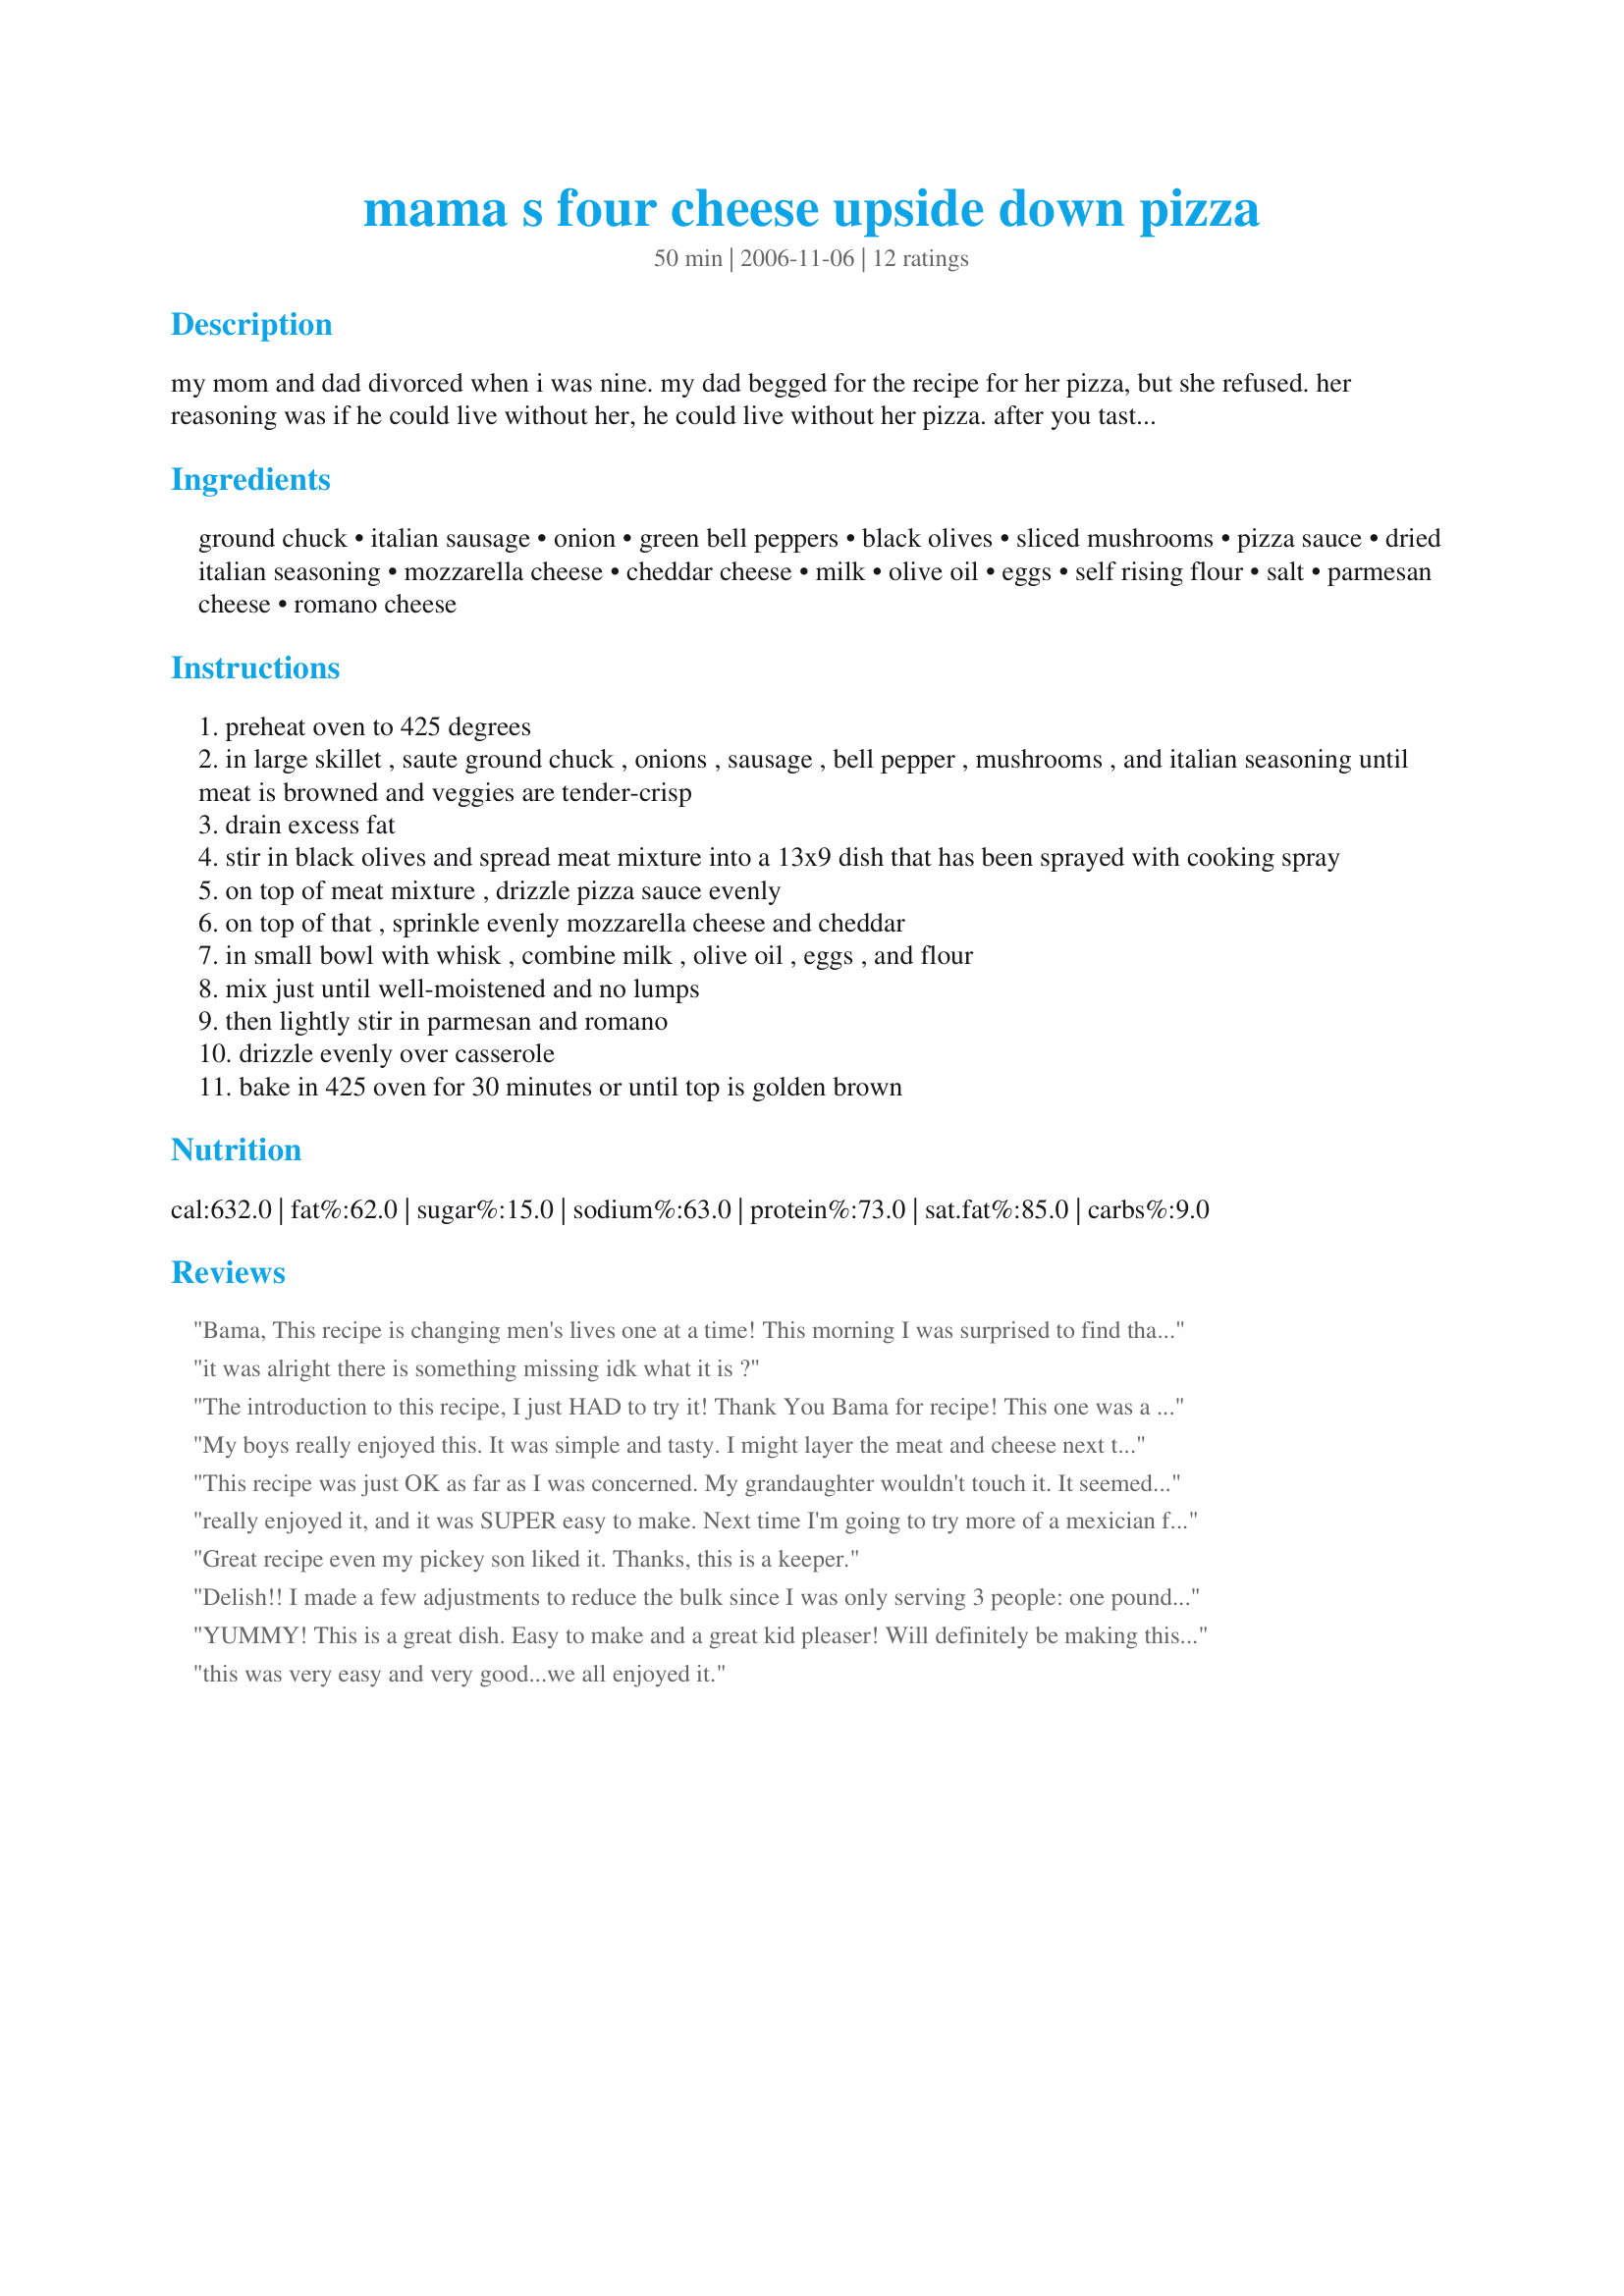
mama s four cheese upside down pizza
Preparation time: 50 minutes

my mom and dad divorced when i was nine. my dad begged for the recipe for her pizza, but she refused. her reasoning was if he could live without her, he could live without her pizza. after you taste it, you'll see what cruel and unusual punishment that was. i make this all the time for my family and they love it.

Ingredients:
ground chuck, italian sausage, onion, green bell peppers, black olives, sliced mushrooms, pizza sauce, dried italian seasoning, mozzarella cheese, cheddar cheese, milk, olive oil, eggs, self rising flour, salt, parmesan cheese, romano cheese

Steps:
preheat oven to 425 degrees
in large skillet , saute ground chuck , onions , sausage , bell pepper , mushrooms , and italian seasoning until meat is browned and veggies are tender-crisp
drain excess fat
stir in black olives and spread meat mixture into a 13x9 dish that has been sprayed with cooking spray
on top of meat mixture , drizzle pizza sauce evenly
on top of that , sprinkle evenly mozzarella cheese and cheddar
in small bowl with whisk , combine milk , olive oil , eggs , and flour
mix just until well-moistened and no lumps
then lightly stir in parmesan and romano
drizzle evenly over casserole
bake in 425 oven for 30 minutes or until top is golden brown

Reviews:
Bama,
This recipe is changing men's lives one at a time!
This morning I was surprised to find that my DH had written "Excellent" on the printed copy of this recipe.
In 18 years of marriage he has never reacted this way to anything I have ever cooked! I think your mother might be on to something.
Thanks,
KCShell
it was alright there is something missing idk what it is ?
The introduction to this recipe, I just HAD to try it! Thank You Bama for recipe! This one was a pleaser to EVERYONE in our family. and let me tell you..... this just does not happen very often in our household. Out of 5 children we only have one that is not a picky eater. You get a huge bow down from me for this recipe! Thank you!
My boys really enjoyed this. It was simple and tasty. I might layer the meat and cheese next time just for added gooey-ness. Thank you for sharing!
This recipe was just OK as far as I was concerned. My grandaughter wouldn't touch it. It seemed a bit expensive for what you ended up with.
really enjoyed it, and it was SUPER easy to make. Next time I'm going to try more of a mexician flavour and add black beans, tomatoes, corn & chillies, and instead of tomato sauce...salsa. Great recipe!
Great recipe even my pickey son liked it. Thanks, this is a keeper.
Delish!! I made a few adjustments to reduce the bulk since I was only serving 3 people: one pound of Italian sausage (no ground chuck), half the pizza sauce (we don't like tons of sauce), and just two kinds of cheese I had on hand (mozzarella and Parmesan). The crust was glorious, the aroma was delectable, and the taste was spectacular. I've had this recipe for years but never made it until now. I was really pleased and will make this part of my pizza/calzone repertoire. Thanks so much for the recipe. I sent the recipe to two people while I was still eating it.
YUMMY! This is a great dish. Easy to make and a great kid pleaser! Will definitely be making this one again.
this was very easy and very good...we all enjoyed it.
Very tasty alternative to "ordinary" pizza. I left out the veggies due to picky eaters, and used spicy Italian turkey sausage, and ground turkey breast; made my own sauce (small can tomato paste, 1 large can crushed tomatoes, plenty of garlic and oregano). Only 2 small leftover portions remaining! THANKS!
Your mother sure knew how to make a man suffer, this is sooo good!! Loved it, thanks, its a keeper.
